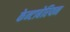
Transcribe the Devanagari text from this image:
केन्टाबेरियन